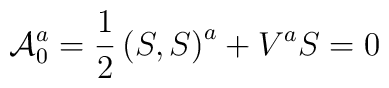
{\cal A}_0^a=\frac 12\left( S,S\right) ^a+V^aS=0